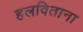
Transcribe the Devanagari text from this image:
हलविताना